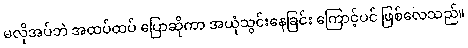
မလိုအပ်ဘဲ အထပ်ထပ် ပြောဆိုကာ အယုံသွင်းနေခြင်း ကြောင့်ပင် ဖြစ်လေသည်။